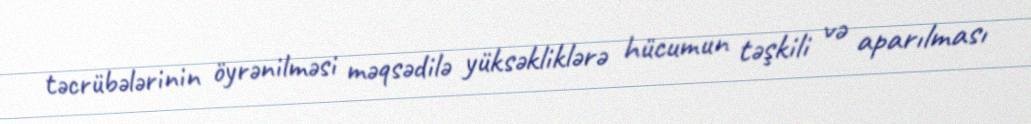
təcrübələrinin öyrənilməsi məqsədilə yüksəkliklərə hücumun təşkili və aparılması